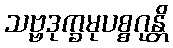
သဗ္ဗဒုက္ခမုပစ္စဂုန္တိ